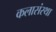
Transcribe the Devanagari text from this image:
कलासंस्था